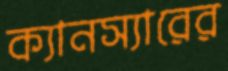
ক্যানস্যারের